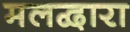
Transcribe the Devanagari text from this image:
मलद्वारा